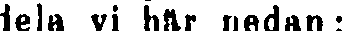
dela vi här nedan: